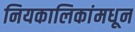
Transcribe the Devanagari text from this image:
नियकालिकांमधून